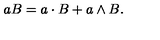
a B = a \cdot B + a \wedge B .